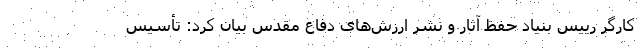
کارگر رییس بنیاد حفظ آثار و نشر ارزش‌های دفاع مقدس بیان کرد: تأسیس